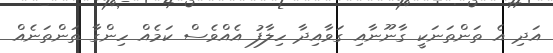
އަދި އެ ތަންތަނަކީ ގާނޫނާއި ގަވާއިދާ ހިލާފު އެއްވެސް ކަމެއް ހިންގާ ތަންތަނެއް